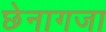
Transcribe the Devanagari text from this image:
छेनागजा